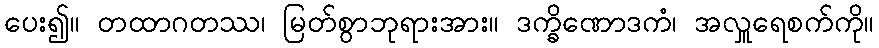
ပေး၍။ တထာဂတဿ၊ မြတ်စွာဘုရားအား။ ဒက္ခိဏောဒကံ၊ အလှူရေစက်ကို။